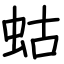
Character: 蛄